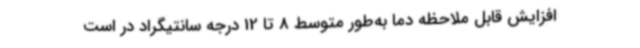
افزایش قابل ملاحظه دما به‌طور متوسط 8 تا 12 درجه سانتیگراد در است